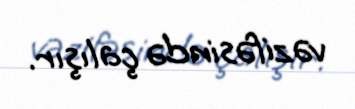
vəzifəsində çalışır.